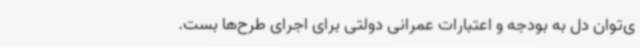
ی‌توان دل به بودجه و اعتبارات عمرانی دولتی برای اجرای طرح‌ها بست.